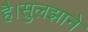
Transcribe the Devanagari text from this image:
है।सुलझाने